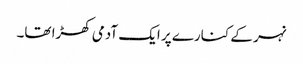
نہر کے کنارے پر ایک آدمی کھڑا تھا۔